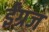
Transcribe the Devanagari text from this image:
ईंग्रज